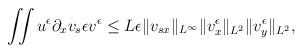
LaTeX: \begin{align*}\begin{aligned}\iint u^\epsilon \partial_x v_s \epsilon v^\epsilon &\leq L\epsilon \Vert v_{sx} \Vert_{L^\infty}\Vert v^\epsilon_x \Vert_{L^2}\Vert v^\epsilon_y\Vert_{L^2},\end{aligned}\end{align*}